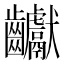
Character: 𪚋